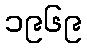
၁၉၆၉